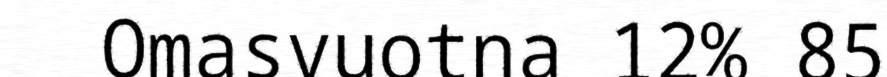
Omasvuotna 12% 85